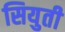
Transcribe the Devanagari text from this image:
सियुती